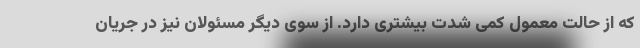
که از حالت معمول کمی شدت بیشتری دارد. از سوی دیگر مسئولان نیز در جریان